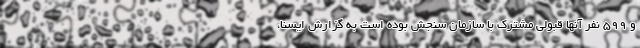
و ۵۹۹ نفر آنها قبولی مشترک با سازمان سنجش بوده است به گزارش ایسنا،